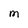
Character: M